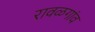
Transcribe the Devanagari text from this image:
रावळगांव